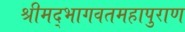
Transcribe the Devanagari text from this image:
श्रीमद्भागवतमहापुराण